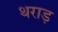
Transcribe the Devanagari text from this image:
थराड़